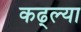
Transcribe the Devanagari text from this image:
कढ्ल्या